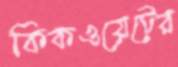
কিকওয়েটের